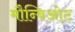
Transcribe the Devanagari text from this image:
मौन्बिओट